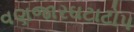
વણજારઘટાટોપ